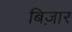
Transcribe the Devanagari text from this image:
बिज़ार